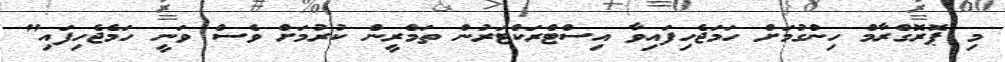
މި ޕޮރޮގްރާމް ހިންގުމަށް ހަމަޖެހިފައިވާ އިސްޓްރަކްޓަރުން ތަމްރީން ކުރުމަށް ވެސް ވަނީ ހަމެޖެހިފައި"